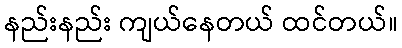
နည်းနည်း ကျယ်နေတယ် ထင်တယ်။